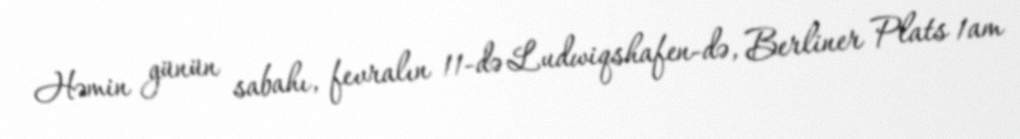
Həmin günün sabahı, fevralın 11-də Ludwiqshafen-də, Berliner Plats 1am